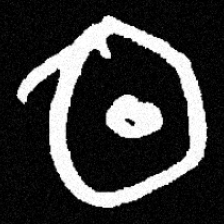
Pyu character \u2014 Myanmar letter: ထ (romanized: tha)